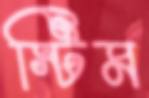
স্টিম